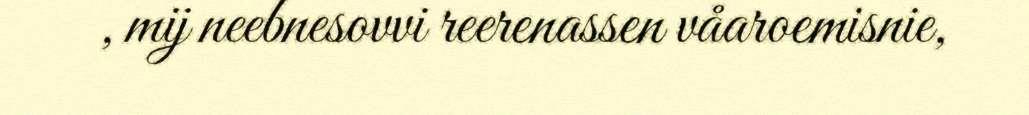
, mij neebnesovvi reerenassen våaroemisnie,